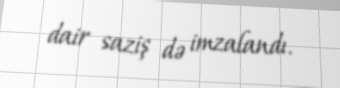
dair saziş də imzalandı.